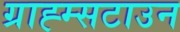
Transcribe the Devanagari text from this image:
ग्राह्म्सटाउन